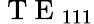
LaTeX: \mathrm{~T~E~}_{111}